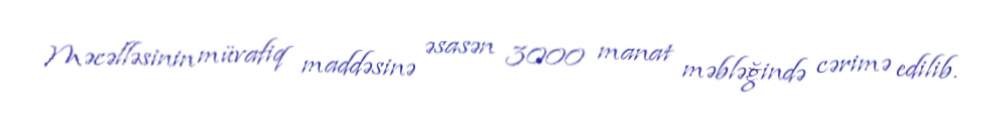
Məcəlləsinin müvafiq maddəsinə əsasən 3000 manat məbləğində cərimə edilib.